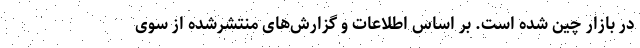
در بازار چین شده است. بر اساس اطلاعات و گزارش‌های منتشرشده از سوی